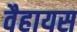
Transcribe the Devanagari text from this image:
वैहायस